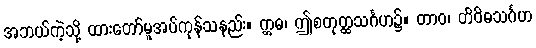
အဘယ်ကဲ့သို့ ထားတော်မူအပ်ကုန်သနည်း။ ဣဓ၊ ဤစတုတ္ထသင်္ဂဟ၌။ တာဝ၊ တိဝိဓသင်္ဂဟ